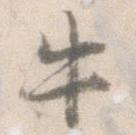
牛